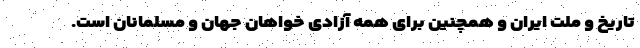
تاریخ و ملت ایران و همچنین برای همه آزادی خواهان جهان و مسلمانان است.